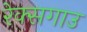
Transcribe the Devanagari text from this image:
रेक्सगाउ